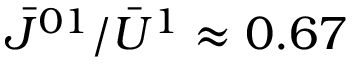
\bar { J } ^ { 0 1 } / \bar { U } ^ { 1 } \approx 0 . 6 7